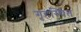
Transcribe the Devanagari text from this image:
गृहस्थित